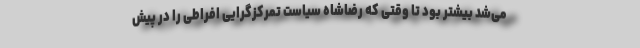
می‌شد بیشتر بود تا وقتی که رضاشاه سیاست تمرکزگرایی افراطی را در پیش